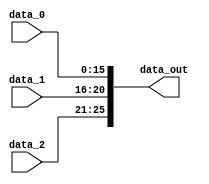
module concat25b (
    input wire [15:0] data_0,
    input wire [4:0] data_1,
    input wire [4:0] data_2,
    output wire [25:0] data_out
);

    wire [20:0] aux;

    assign aux = {data_1, data_0};
    assign data_out = {data_2, aux};

endmodule